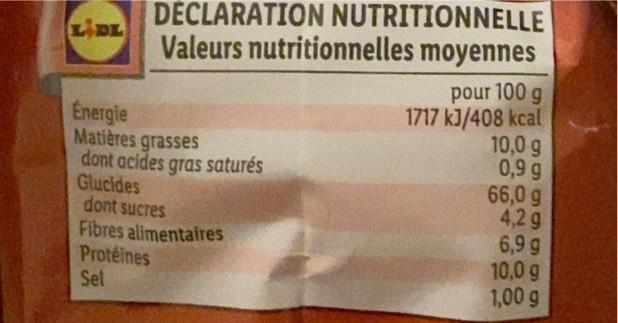
DÉCLARATION NUTRITIONNELLE Valeurs nutritionnelles moyennes
LIDL
Energie Matières grasses dont acides gras saturés Glucides dont sucres Fibres alimentaires Protéines Sel
pour 100 g 1717 kJ/408 kcal 10,0 g 0,9 g 66,0 g 4,2 g 6,9 g 10,0 g 1,00 g